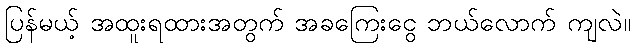
ပြန်မယ့် အထူးရထားအတွက် အခကြေးငွေ ဘယ်လောက် ကျလဲ။